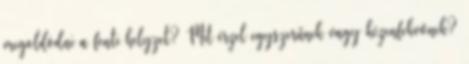
megoldódni a fenti helyzet? Mit érzel egyszerűnek vagy kézenfekvőnek?